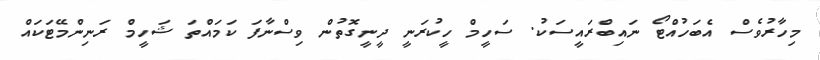
މިހާރުވެސް އެބަހުއްޓޯ ނައިބްރައީސަކު. ސަހީމް ހީކުރަނީ ދީނީގޮތުން ވިސްނާފަ ކަމައްތަ ޝަހީމް ރަނިންމޭޓަކައް